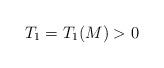
LaTeX: \begin{align*}T_1 = T_1(M) > 0\end{align*}